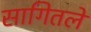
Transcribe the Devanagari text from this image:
सागितले